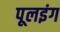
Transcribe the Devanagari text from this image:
पूलइंग